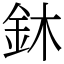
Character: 鈢